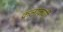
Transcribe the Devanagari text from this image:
कलाकर्णी